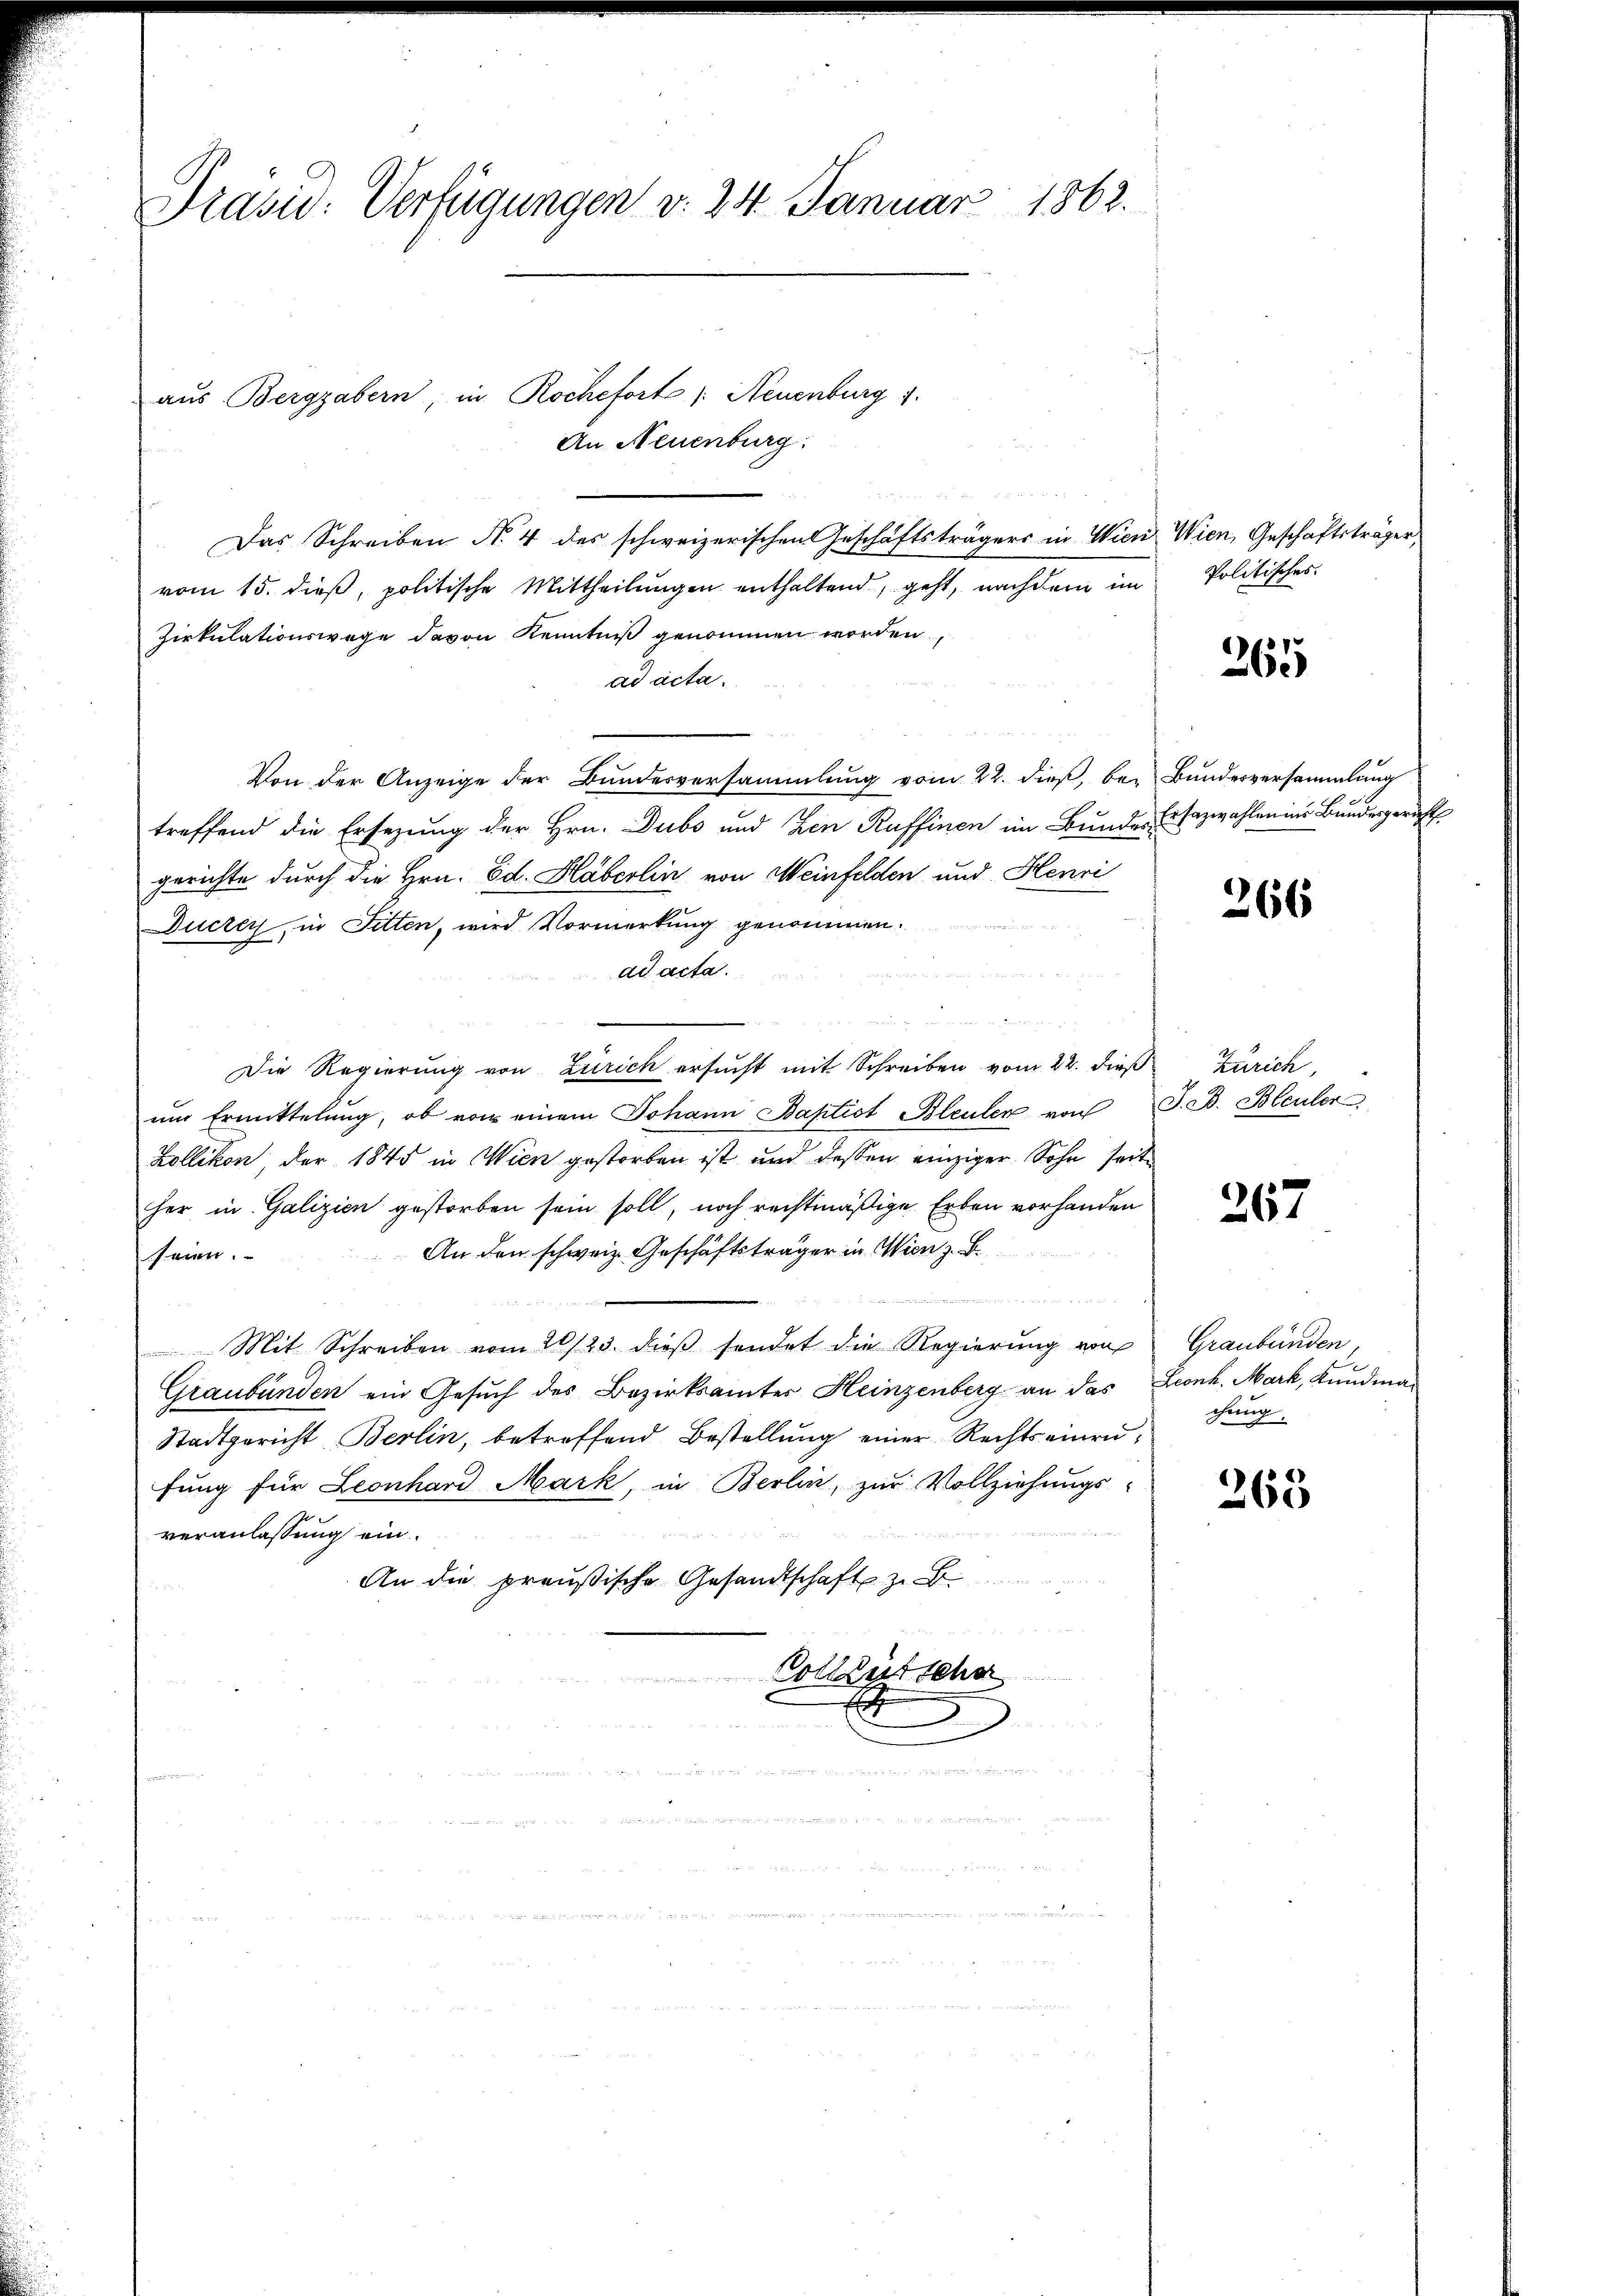
Prasid: Verfügungen v. 24. Januar 1862.

aus Bergrabern, in Rochefort /: Neuenburg 1.
An Neuenburg:
Das Schreiben Nr. 4 des schweizerischen Geschäftsträgers in Wien Wien, Geschäftsträger
vom 15. dieß, politische Mittheilungen enthaltend, geht, nachdem im
Zirkulationswege davon Kenntniß genommen worden,
ad acta.
Von der Anzeige der Bundesversammlung vom 22. dieß, be- Bundesversammlung
treffend die Ersezung der Hrn. Dubs und Zen Ruffinen im Bunde Ersazwahlen ins Bundesgericht
gerichte durch die Hrn. Ed. Häberlin von Weinfelden und Henri
Ductey, in Fitten, wird Vormerkung genommen.
ad acta.
.
Die Regierung von Zürich ersucht mit Schreiben vom 22. dieß Zürich,
ŭm Ermittelŭng, ob von einem Johann Baptist Bleuler von J. B. Bleuler
Zollikon, der 1845 in Wien gestorben ist und dessen einziger Sohn seit
her in Galizien gestorben sein soll, noch rechtmäßige Erben vorhanden
An den schweiz. Geschäftsträger in Wien z. B.
eien.
1
Mit Schreiben vom 20/23. dieβ sendet die Regierŭng von Graubünden,
Graubünden ein Gesuch des Bezirksamter Heinzenberg an das Leonh. Mark, Kundma¬
Stadtgericht Berlin, betreffend Bestellung einer Rechtseinrufung für Leonhard Mark, in Berlin, zur Vollziehungs-
veranlassung ein.
An die preußische Gesandtschaft z. B.
Colktütsche

Politisches.

265

266

367

chung.

263